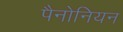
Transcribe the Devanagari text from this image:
पैनोनियन